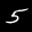
Label: 5